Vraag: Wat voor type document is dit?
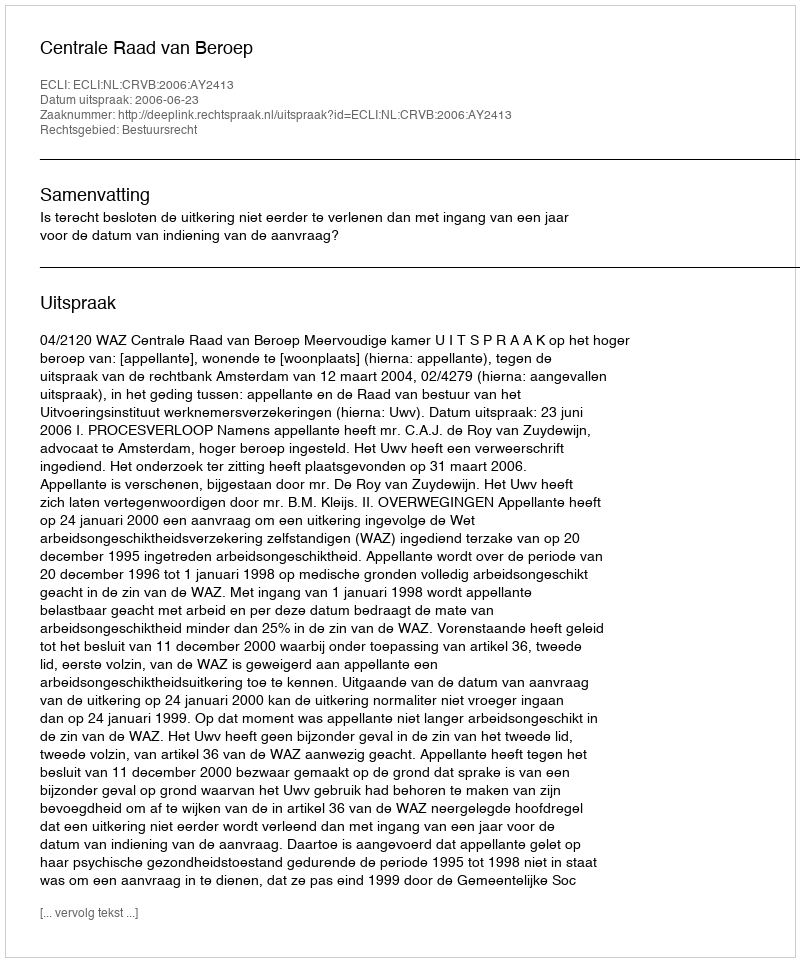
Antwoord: Uitspraak